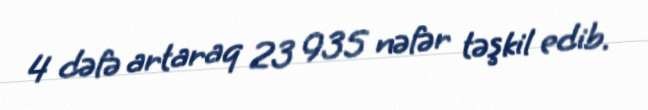
4 dəfə artaraq 23 935 nəfər təşkil edib.